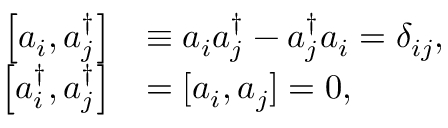
{ \begin{array} { r l } { \left[ a _ { i } ^ { \, } , a _ { j } ^ { \dagger } \right] } & { \equiv a _ { i } ^ { \, } a _ { j } ^ { \dagger } - a _ { j } ^ { \dagger } a _ { i } ^ { \, } = \delta _ { i j } , } \\ { \left[ a _ { i } ^ { \dagger } , a _ { j } ^ { \dagger } \right] } & { = [ a _ { i } ^ { \, } , a _ { j } ^ { \, } ] = 0 , } \end{array} }